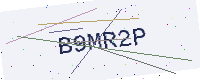
Text: B9MR2P